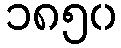
၁၈၅၀